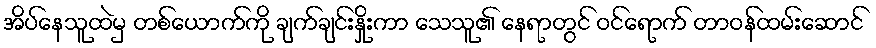
အိပ်နေသူထဲမှ တစ်ယောက်ကို ချက်ချင်းနှိုးကာ သေသူ၏ နေရာတွင် ဝင်ရောက် တာဝန်ထမ်းဆောင်